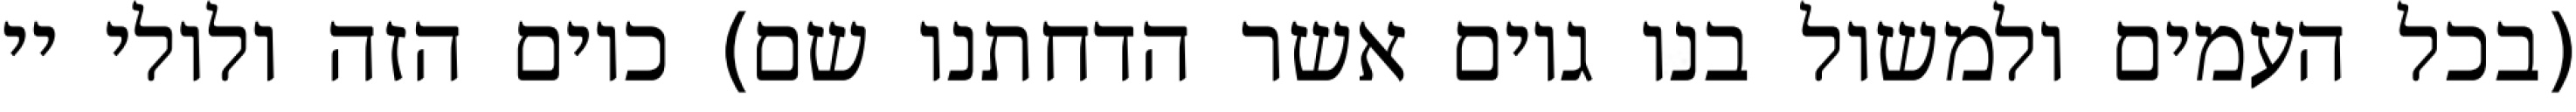
(בכל העמים ולמשול בנו גוים אשר הדחתנו שם) כיום הזה ולולי יי